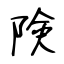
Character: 険